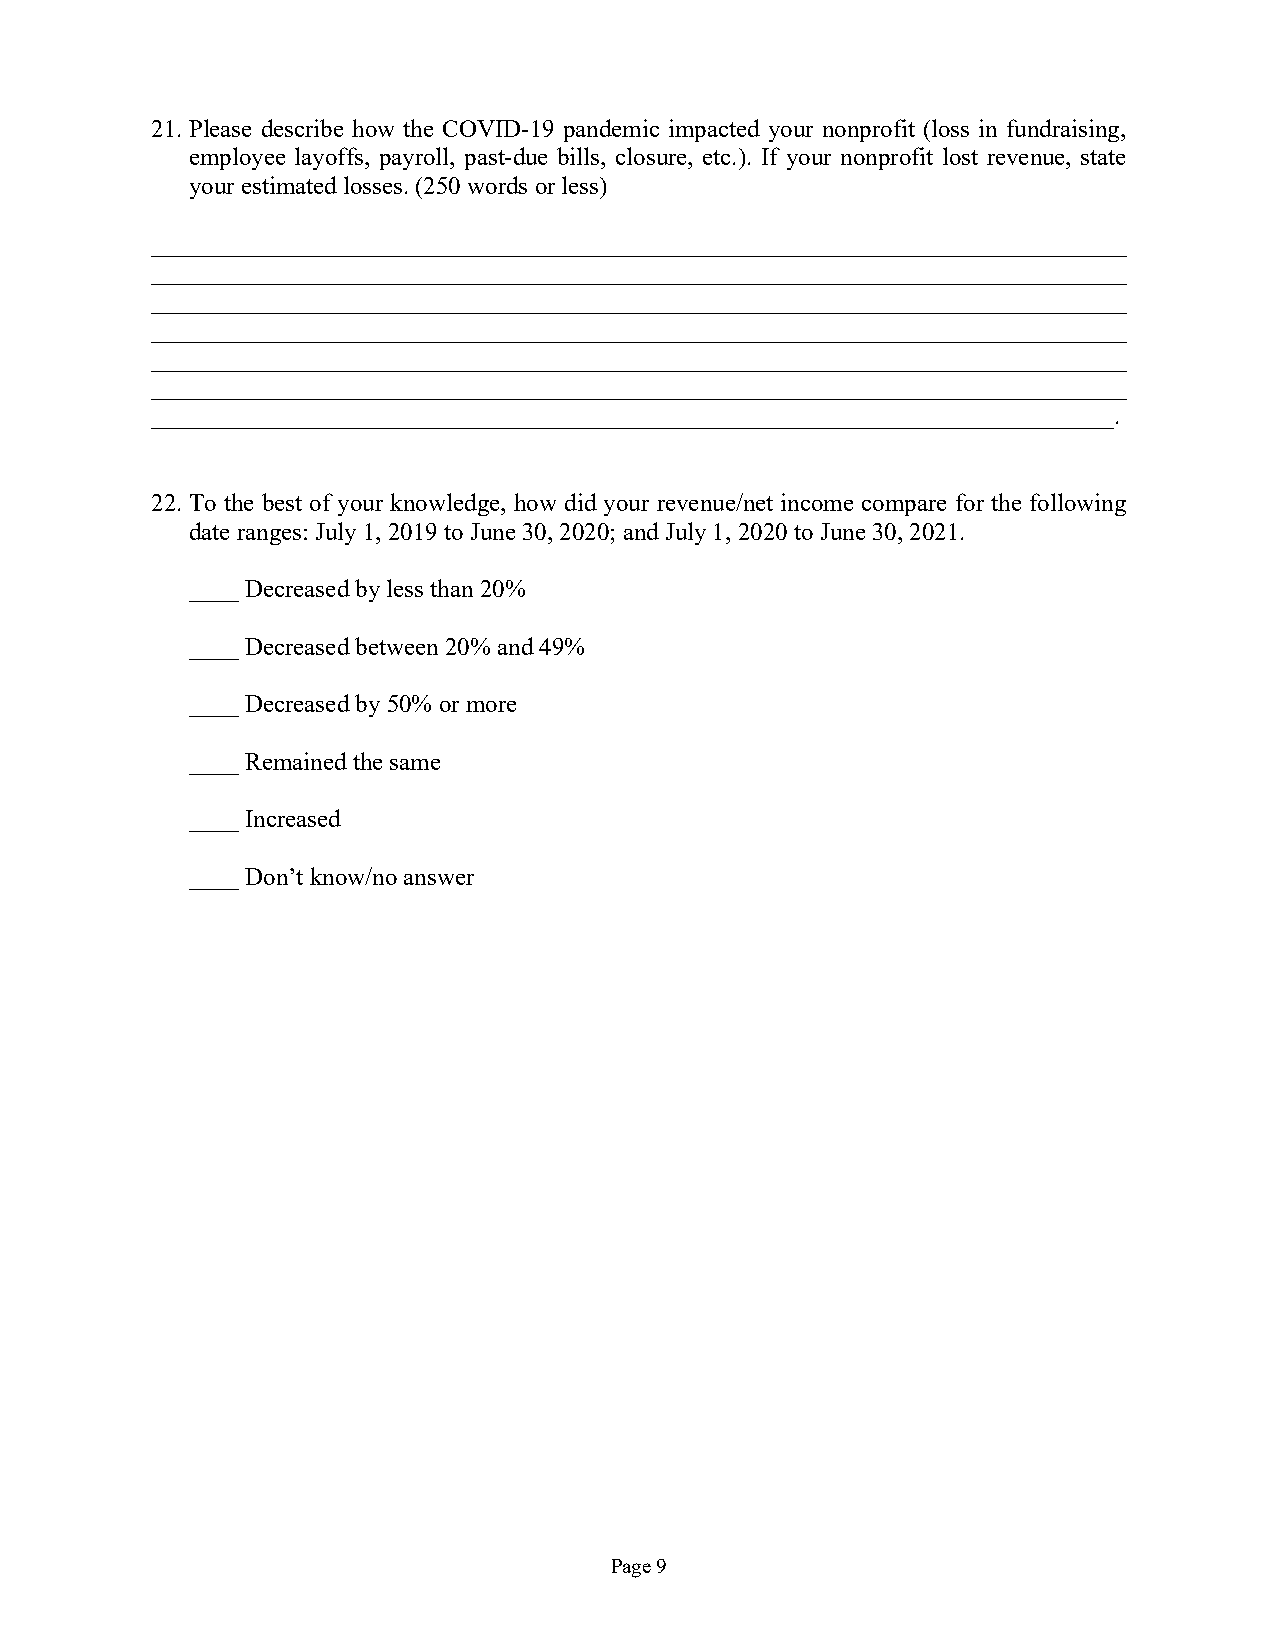
21. Please describe how the COVID-19 pandemic impacted your nonprofit (loss in fundraising,
 employee layoffs, payroll, past-due bills, closure, etc.). If your nonprofit lost revenue, state
 your estimated losses. (250 words or less)
 ______________________________________________________________________________
 ______________________________________________________________________________
 ______________________________________________________________________________
 ______________________________________________________________________________
 ______________________________________________________________________________
 ______________________________________________________________________________
 _____________________________________________________________________________.
 22. To the best of your knowledge, how did your revenue/net income compare for the following
 date ranges: July 1, 2019 to June 30, 2020; and July 1, 2020 to June 30, 2021.
 ____ Decreased by less than 20%
 ____ Decreased between 20% and 49%
 ____ Decreased by 50% or more
 ____ Remained the same
 ____ Increased
 ____ Don’t know/no answer
 Page 9